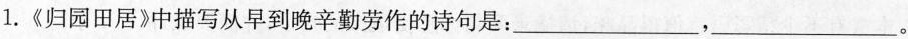
l。《归园田居》中描写从早到晚辛勤劳作的诗句是：___，___。